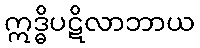
ဣဒ္ဓိပဋိလာဘာယ